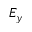
E _ { y }